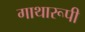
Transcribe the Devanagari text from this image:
गाथारूपी